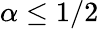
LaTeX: \alpha\leq 1/2